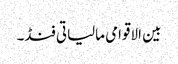
بین الاقوامی مالیاتی فنڈ۔